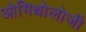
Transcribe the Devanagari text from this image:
ओमिथोलोजी